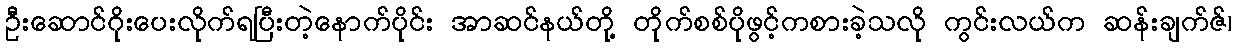
ဦးဆောင်ဂိုးပေးလိုက်ရပြီးတဲ့နောက်ပိုင်း အာဆင်နယ်တို့ တိုက်စစ်ပိုဖွင့်ကစားခဲ့သလို ကွင်းလယ်က ဆန်းချက်ဇ်၊